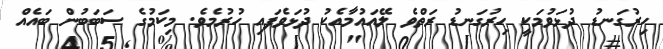
ހިރުގަނޑު ދުޅަވުމަކީ ހިރުގަނޑު ރަތްވެ ލޭއައުމާއެކު ދުޅަވެފައި ހުރުމެވެ. މިކަމުގެ ސަބަބުން ބައެއް